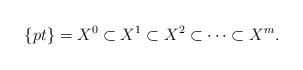
LaTeX: \begin{align*}\{pt\}=X^0 \subset X^1 \subset X^2 \subset \dots \subset X^m.\end{align*}